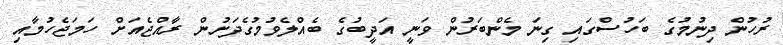
ރުހުން ދިނުމުގެ ބަހުސްގައި ގިނަ މެންބަރުން ވަނީ އަދީބުގެ ބެއްލެވުމުގެދަށުން ރާއްޖެއަށް ހަމަޖެހުމާއި